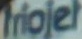
friojet